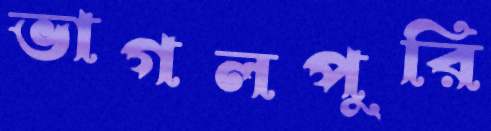
ভাগলপুরি